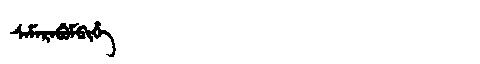
Manchu: ᠰᠠᠮᠠᡵᠠᠪᡠᠮᠪᡳᡥᡝ
Romanization: SAMARABUMBIHE